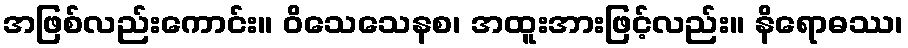
အဖြစ်လည်းကောင်း။ ဝိသေသေနစ၊ အထူးအားဖြင့်လည်း။ နိရောဓဿ၊